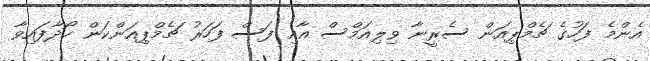
އެންމެ ފަހުގެ ޗެމްޕިއަން ސެރީނާ ވިލިއަމްސް އާއި ފަސް ފަހަރު ޗެމްޕިއަންކަން ހޯދާފައިވާ